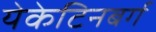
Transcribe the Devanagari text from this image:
येकेटिनबर्ग